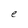
Character: e